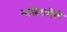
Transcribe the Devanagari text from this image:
भांडेघमेले